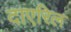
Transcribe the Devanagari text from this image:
दाएरिल